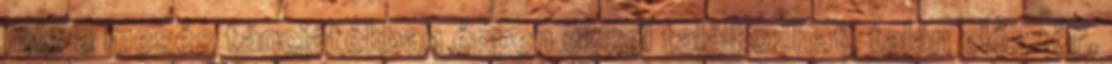
míg a mesés táncjátékban éppen ezzel találkozhat, talán először,